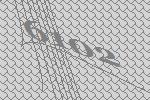
6102